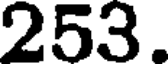
253.